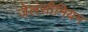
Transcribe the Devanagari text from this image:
जेलसीमियम